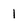
Character: 1